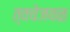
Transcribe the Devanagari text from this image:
त्वचेजवळ